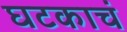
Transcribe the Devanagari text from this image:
घटकाचं